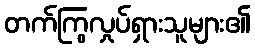
တက်ကြွလှုပ်ရှားသူများ၏